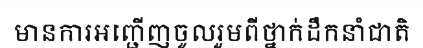
មានការអញ្ជើញចូលរួមពីថ្នាក់ដឹកនាំជាតិ